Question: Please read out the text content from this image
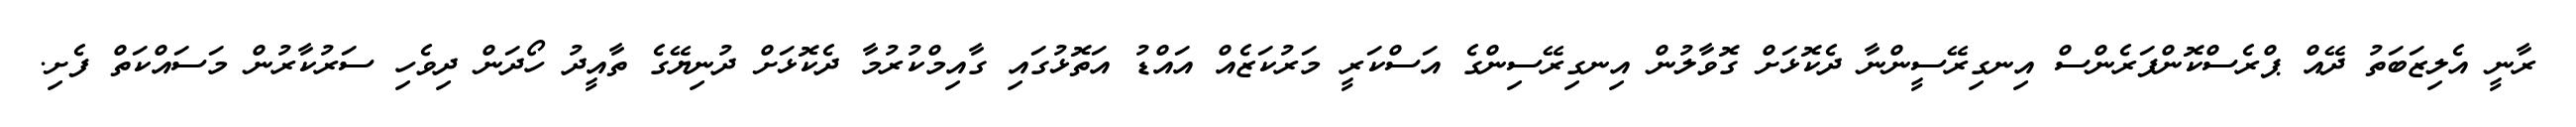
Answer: ރާނީ އެލިޒަބަތު ދޭއް ޕްރެސްކޮންފަރެންސް އިނގިރޭސީންނާ ދެކޮޅަށް ގޮވާލުން އިނގިރޭސިންގެ އަސްކަރީ މަރުކަޒެއް އައްޑު އަތޮޅުގައި ގާއިމްކުރުމާ ދެކޮޅަށް ދުނިޔޭގެ ތާއީދު ހޯދަން ދިވެހި ސަރުކާރުން މަސައްކަތް ފެށި.